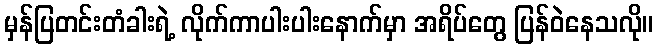
မှန်ပြတင်းတံခါးရဲ့ လိုက်ကာပါးပါးနောက်မှာ အရိပ်တွေ ပြန်ဝဲနေသလို။